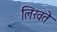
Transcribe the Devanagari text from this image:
लिखते